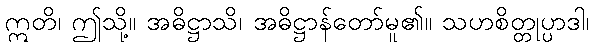
ဣတိ၊ ဤသို့။ အဓိဋ္ဌာသိ၊ အဓိဋ္ဌာန်တော်မူ၏။ သဟစိတ္တုပ္ပာဒါ၊